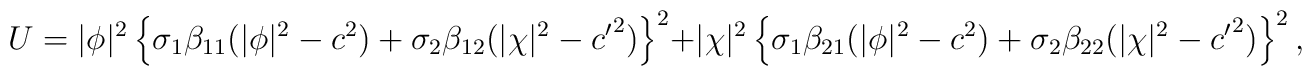
U=|\phi|^2\left\{\sigma_1\beta_{11}(|\phi|^2-c^2)  +\sigma_2\beta_{12}(|\chi|^2-{c'}^2)\right\}^2  +|\chi|^2\left\{\sigma_1\beta_{21}(|\phi|^2-c^2)  +\sigma_2\beta_{22}(|\chi|^2-{c'}^2)\right\}^2,